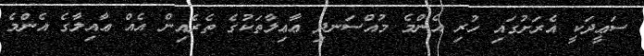
ސަޢީދަކީ އެރަށުގައި ހުރި އެންމެ މުއްސަނދި ޢާޢިލާތަކުގެ ތެރެއިން އެއް ޢާއިލާގެ އެންމެ